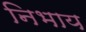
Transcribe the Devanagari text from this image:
निभाय